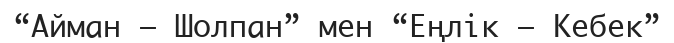
“Айман – Шолпан” мен “Еңлік – Кебек”